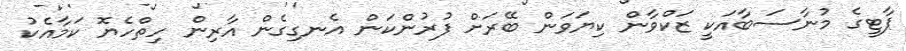
ޕާޓީގެ މުނާސަބާއަކީ ޒަކްވާން ކިޔަވަން ބޭރަށް ފުރުންކަން އެނގިގެން އާރިން ހިތްހެޔޮ ކަމާއެކު